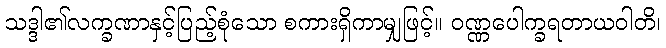
သဒ္ဒါ၏လက္ခဏာနှင့်ပြည့်စုံသော စကားရှိကာမျှဖြင့်။ ဝဏ္ဏပေါက္ခရတာယဝါတိ၊